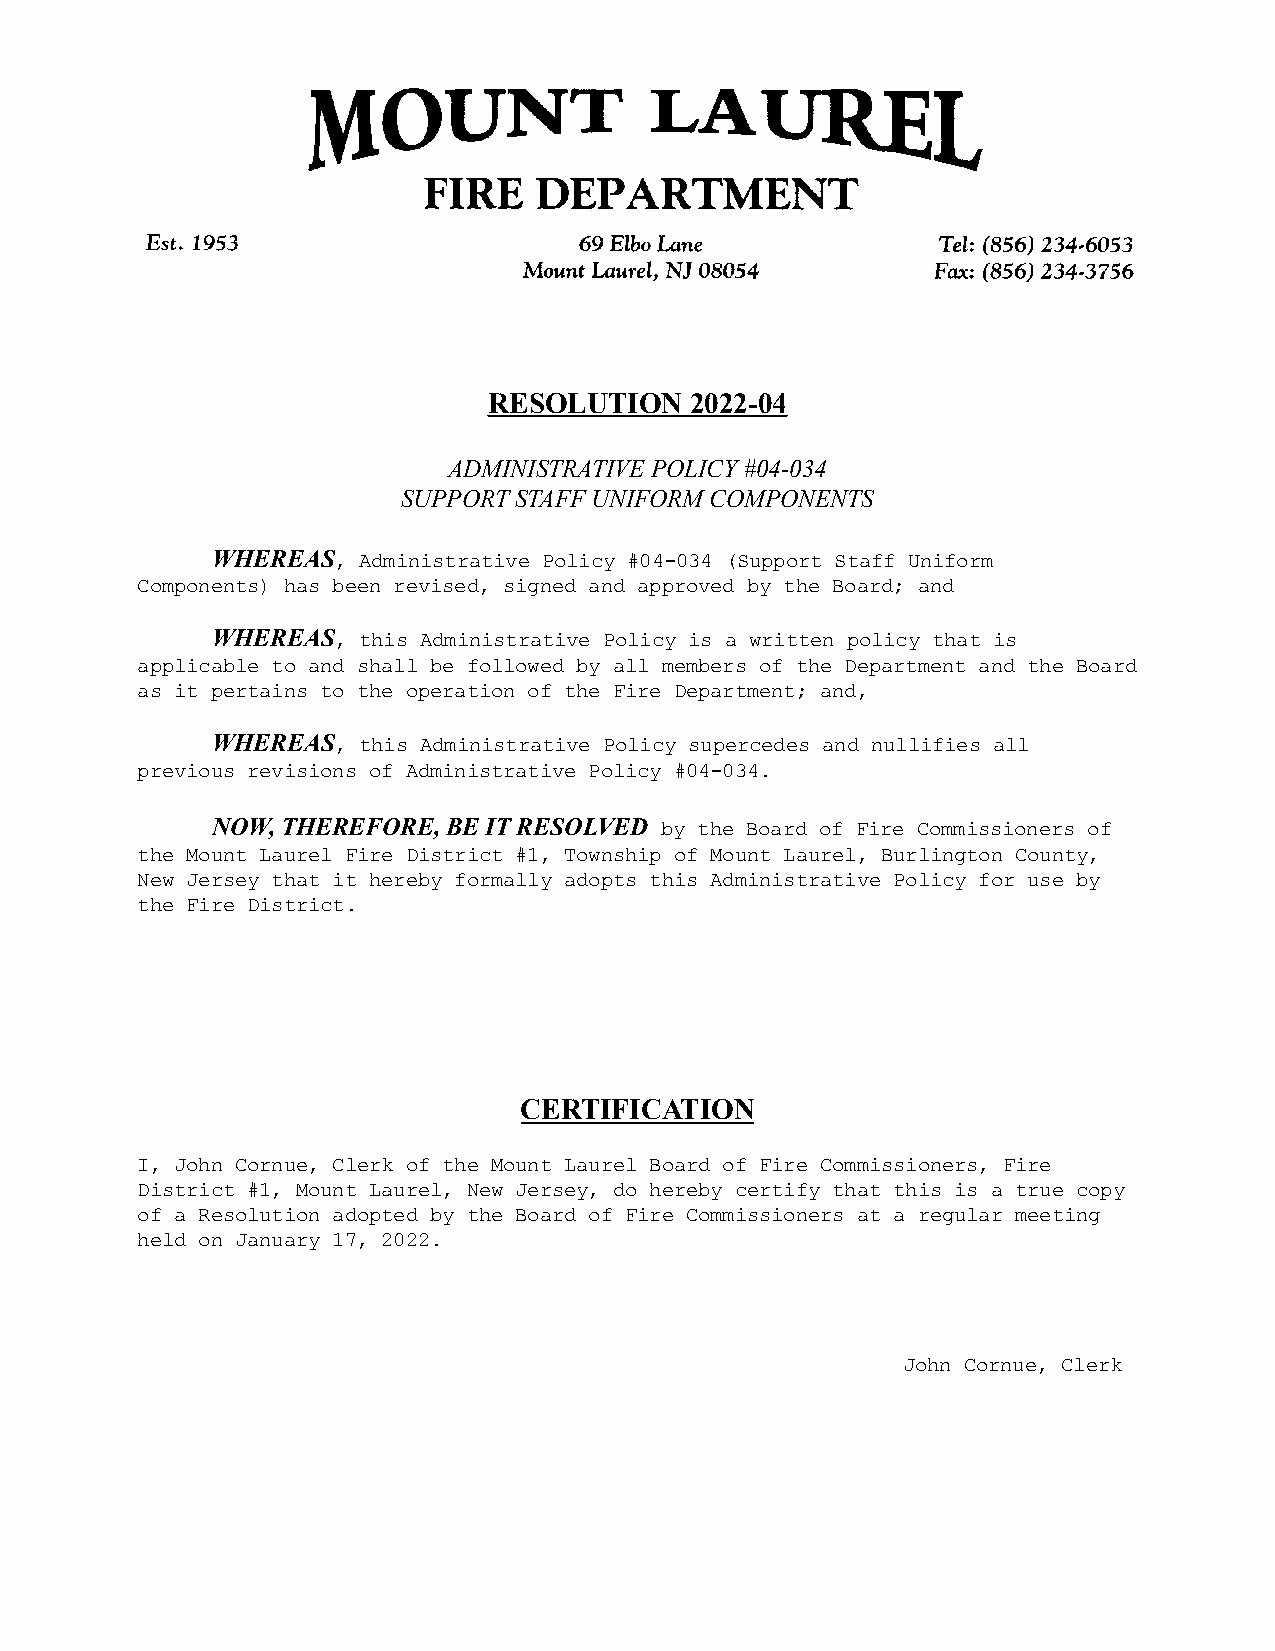
RESOLUTION    2022-04
 ADMINISTRATIVE POLICY #04-034
 SUPPORT STAFF UNIFORM COMPONENTS
 WHEREAS,  Administrative Policy #04-034 (Support Staff Uniform
 Components) has been revised, signed and approved by the Board; and
 WHEREAS,  this Administrative Policy is a written policy that is
 applicable to and shall be followed by all members of the Department and the Board
 as it pertains to the operation of the Fire Department; and,
 WHEREAS,  this Administrative Policy supercedes and nullifies all
 previous revisions of Administrative Policy #04-034.
 NOW, THEREFORE, BE IT RESOLVED by the Board of Fire Commissioners of
 the Mount Laurel Fire District #1, Township of Mount Laurel, Burlington County,
 New Jersey that it hereby formally adopts this Administrative Policy for use by
 the Fire District.
 CERTIFICATION
 I, John Cornue, Clerk of the Mount Laurel Board of Fire Commissioners, Fire
 District #1, Mount Laurel, New Jersey, do hereby certify that this is a true copy
 of a Resolution adopted by the Board of Fire Commissioners at a regular meeting
 held on January 17, 2022.
 John Cornue, Clerk